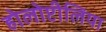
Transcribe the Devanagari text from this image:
होलोप्टीलिया